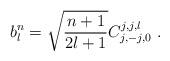
LaTeX: \begin{align*}b_{l}^{n}= \sqrt{\frac{n+1}{2l+1}}C_{j,-j,0}^{j,j,l} \ .\end{align*}